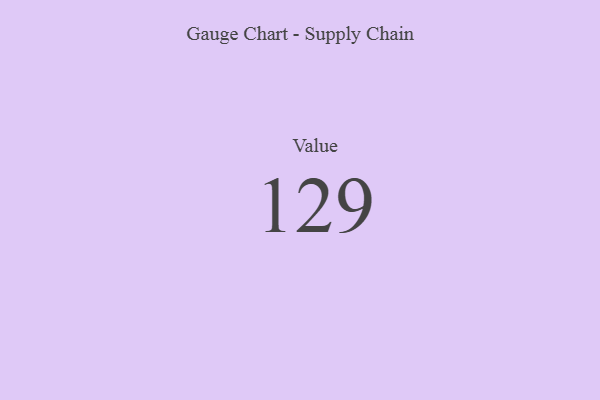
{"axis": {"x": "Metric", "y": "Value"}, "legend": [""], "data": [{"x": "Value", "y": 129, "type": ""}]}